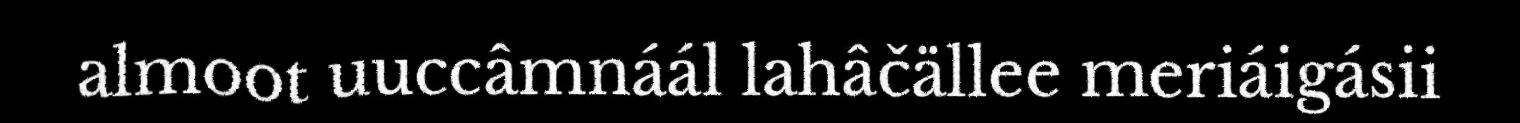
almoot uuccâmnáál lahâčällee meriáigásii